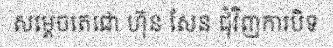
សម្តេចតេជោ ហ៊ុន សែន ជុំវិញការបិទ